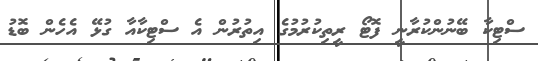
ސްޓިކާ ބޭނުންކުރާނީ ފޮޓޯ ރީތިކުރުމުގެ އިތުރުން އެ ސްޓިކާއާ ގުޅޭ އެހެން ބޮޑު